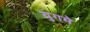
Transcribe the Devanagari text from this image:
युगमे